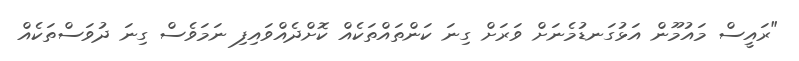
"ރައީސް މައުމޫން އަޅުގަނޑުމެނަށް ވަރަށް ގިނަ ކަންތައްތަކެއް ކޮށްދެއްވައިފި ނަމަވެސް ގިނަ ދުވަސްތަކެއް